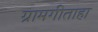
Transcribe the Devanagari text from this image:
ग्रामगीताहा